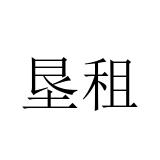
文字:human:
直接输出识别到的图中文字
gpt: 垦租